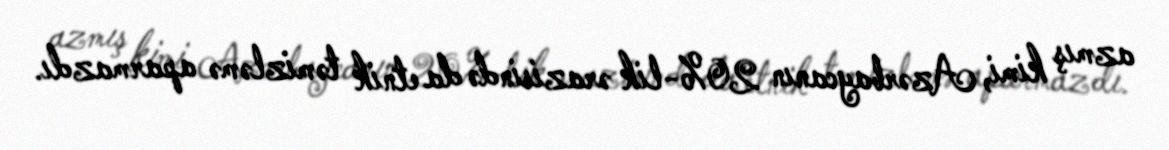
azmış kimi, Azərbaycanın 20%-lik ərazisində da etnik təmizləmə aparmazdı.